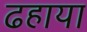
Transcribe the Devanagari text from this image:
ढहाया